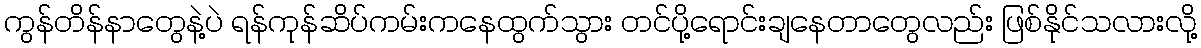
ကွန်တိန်နာတွေနဲ့ပဲ ရန်ကုန်ဆိပ်ကမ်းကနေထွက်သွား တင်ပို့ရောင်းချနေတာတွေလည်း ဖြစ်နိုင်သလားလို့